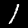
Digit: 1